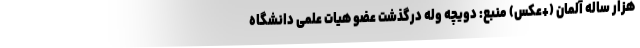
هزار ساله آلمان (+عکس) منبع: دویچه وله درگذشت عضو هیات علمی دانشگاه